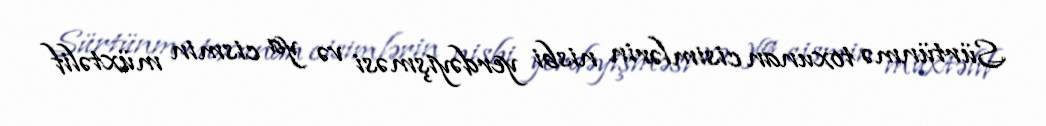
Sürtünmə toxunan cisimlərin nisbi yerdəyişməsi və ya cismin müxtəlif